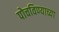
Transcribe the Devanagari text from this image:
पोचविण्याच्या